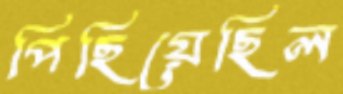
পিছিয়েছিল